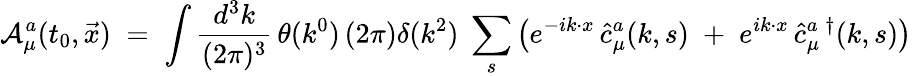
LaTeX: {\cal A}_{\mu}^{a}(t_{0},\vec{x})\; =\; \int\frac{d^{3}k}{(2\pi)^{3}}\, \theta(k^{0})\, (2\pi)\delta(k^{2})\; \sum_{s}\left(e^{-ik\cdot x}\, \hat{c}_{\mu}^{a}(k,s)\; +\; e^{ik\cdot x}\, \hat{c}_{\mu}^{a\; \dagger}(k,s)\right)